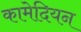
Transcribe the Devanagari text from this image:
कामेदियन